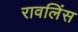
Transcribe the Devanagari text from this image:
रावलिंस